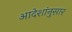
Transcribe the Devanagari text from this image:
आदेशांनुसार